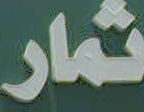
ثمار